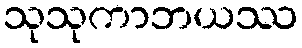
သုသုကာဘယဿ